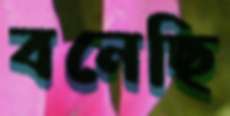
বনেছি